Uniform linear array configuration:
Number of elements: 8
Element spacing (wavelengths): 1
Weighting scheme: blackman
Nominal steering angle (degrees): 30
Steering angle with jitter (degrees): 30.674
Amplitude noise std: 0.05
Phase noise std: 0.05

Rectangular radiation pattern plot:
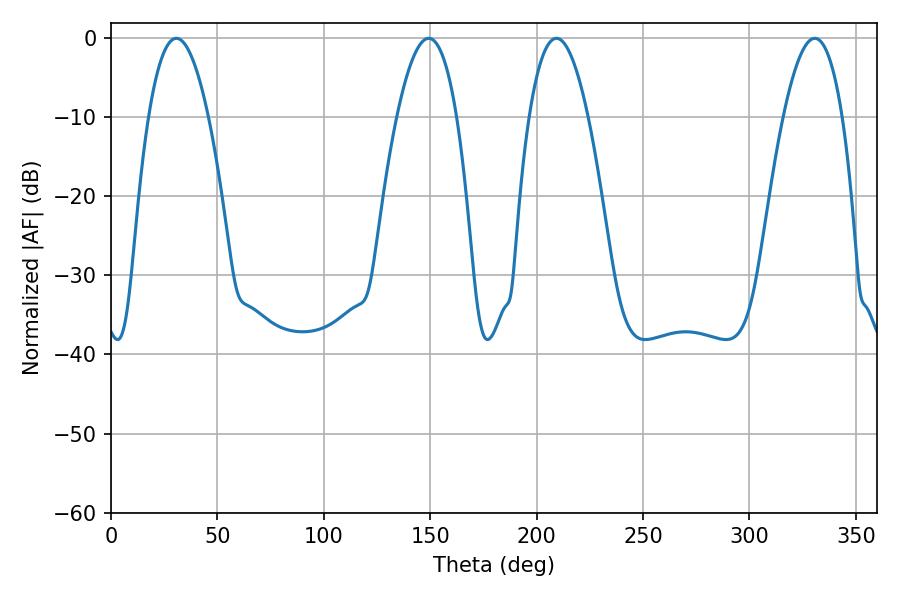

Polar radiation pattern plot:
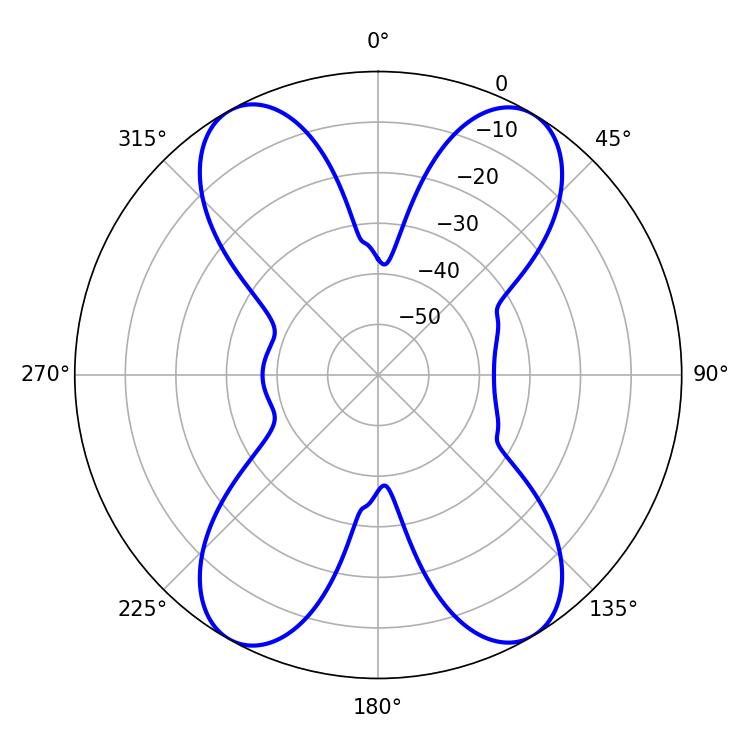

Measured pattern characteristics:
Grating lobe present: TRUE
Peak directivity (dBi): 20.975
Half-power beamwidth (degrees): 15.3
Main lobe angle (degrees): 209.34